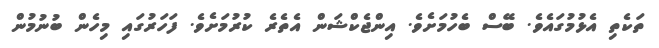
ތަކެތި އެޅުމުގައެވެ. ބޭސް ބެހުމަށެވެ. އިންޖެކްޝަން އެތެރެ ކުރުމަށެވެ. ފަހަރުގައި މިހެން ބުނުމުން